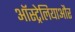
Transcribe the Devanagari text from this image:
ऑस्ट्रेलियाऔर